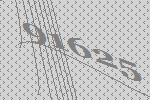
91625